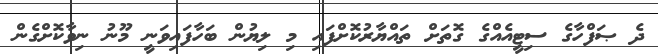
ދެ ޞަފްހާގެ ސިޓީއެއްގެ ގޮތަށް ތައްޔާރުކޮށްފައި މި ލިޔުން ބަހާފައިވަނީ މޫނު ނިވާކޮށްގެން